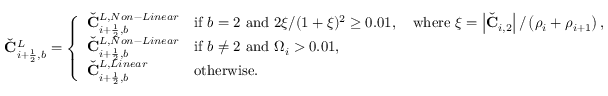
\check { \mathbf { C } } _ { i + \frac { 1 } { 2 } , b } ^ { L } = \left\{ \begin{array} { l l } { \check { \mathbf { C } } _ { i + \frac { 1 } { 2 } , b } ^ { L , N o n - L i n e a r } } & { \mathrm { i f ~ } b = 2 \mathrm { ~ a n d ~ } 2 \xi / ( 1 + \xi ) ^ { 2 } \geq 0 . 0 1 , \quad \mathrm { w h e r e ~ } \xi = \left| { \check { \mathbf { C } } } _ { i , 2 } \right| / \left( \rho _ { i } + \rho _ { i + 1 } \right) , } \\ { \check { \mathbf { C } } _ { i + \frac { 1 } { 2 } , b } ^ { L , N o n - L i n e a r } } & { \mathrm { i f ~ } b \neq 2 \mathrm { ~ a n d ~ } \Omega _ { i } > 0 . 0 1 , } \\ { \check { \mathbf { C } } _ { i + \frac { 1 } { 2 } , b } ^ { L , L i n e a r } } & { \mathrm { o t h e r w i s e } . } \end{array} \right.